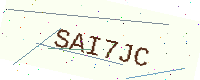
Text: SAI7JC